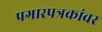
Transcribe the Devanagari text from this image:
पगारपत्रकांवर